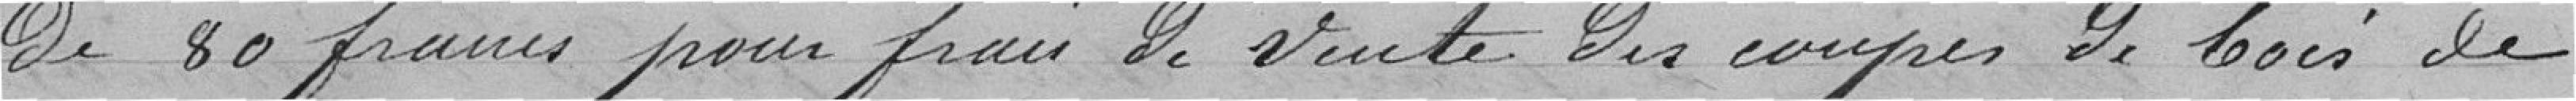
de 80 francs pour frais de vente des coupes de bois de